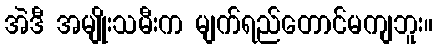
အဲဒီ အမျိုးသမီးက မျက်ရည်တောင်မကျဘူး။